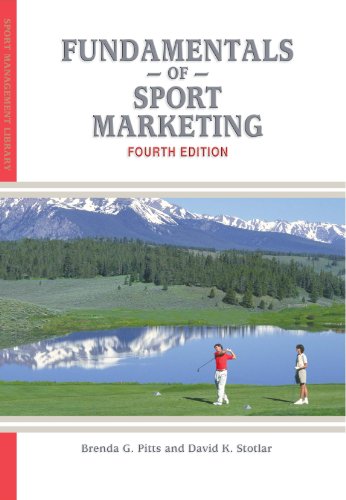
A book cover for Fundamentals of Sport Marketing; Brenda G. Pitts; Business & Money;